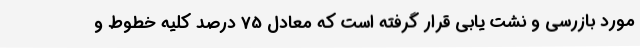
مورد بازرسی و نشت یابی قرار گرفته است که معادل 75 درصد کلیه خطوط و